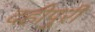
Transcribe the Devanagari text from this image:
दहीपुरी